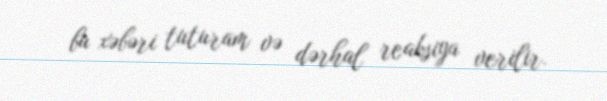
bu xəbəri tuturam və dərhal reaksiya verilir.